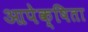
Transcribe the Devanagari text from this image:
आपेक्षिता